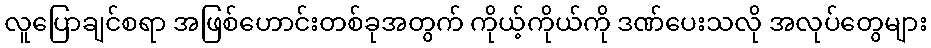
လူပြောချင်စရာ အဖြစ်ဟောင်းတစ်ခုအတွက် ကိုယ့်ကိုယ်ကို ဒဏ်ပေးသလို အလုပ်တွေများ